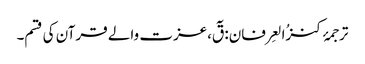
ترجمۂ کنزُالعِرفان: قٓ،عزت والے قرآن کی قسم۔